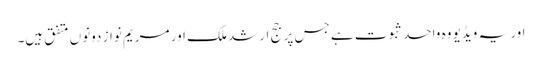
اور یہ ویڈیو وہ واحد ثبوت ہے جس پر جج ارشد ملک اور مریم نواز دونوں متفق ہیں۔